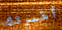
أخبرتك